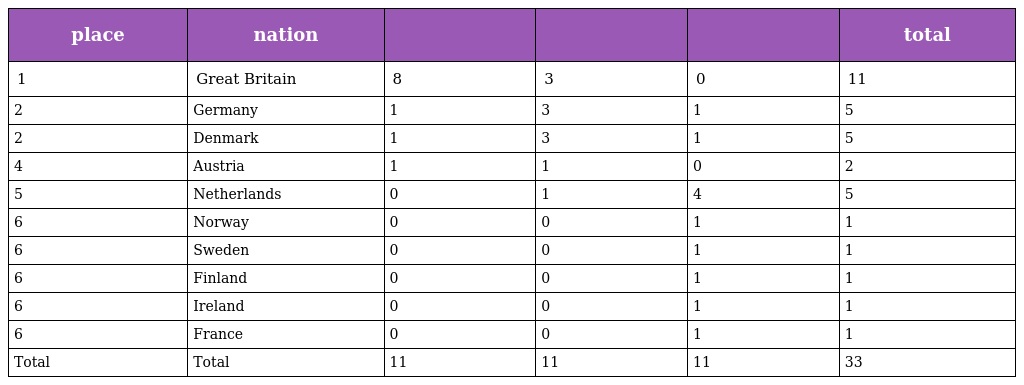
| place | nation |  |  |  | total |
 | --- | --- | --- | --- | --- | --- |
 | 1 | Great Britain | 8 | 3 | 0 | 11 |
 | 2 | Germany | 1 | 3 | 1 | 5 |
 | 2 | Denmark | 1 | 3 | 1 | 5 |
 | 4 | Austria | 1 | 1 | 0 | 2 |
 | 5 | Netherlands | 0 | 1 | 4 | 5 |
 | 6 | Norway | 0 | 0 | 1 | 1 |
 | 6 | Sweden | 0 | 0 | 1 | 1 |
 | 6 | Finland | 0 | 0 | 1 | 1 |
 | 6 | Ireland | 0 | 0 | 1 | 1 |
 | 6 | France | 0 | 0 | 1 | 1 |
 | Total | Total | 11 | 11 | 11 | 33 |